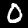
Label: 0